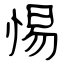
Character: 惕